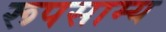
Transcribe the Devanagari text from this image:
रूपसाम्य